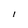
Character: l